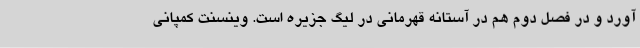
آورد و در فصل دوم هم در آستانه قهرمانی در لیگ جزیره است. وینسنت کمپانی